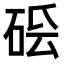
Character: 𥒛